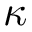
\kappa